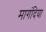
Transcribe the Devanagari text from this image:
मागंदिया